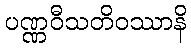
ပဏ္ဏဝီသတိဝဿာနိ